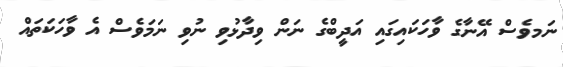
ނަމވެސް އޭނާގެ ވާހަކައިގައި އަދީބްގެ ނަން ވިދާޅުވި ނުވި ނަމަވެސް އެ ވާހަކަތައް